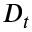
D _ { t }